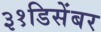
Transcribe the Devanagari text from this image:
३१डिसेंबर